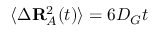
\langle \Delta \mathbf { R } _ { A } ^ { 2 } ( t ) \rangle = 6 D _ { G } t